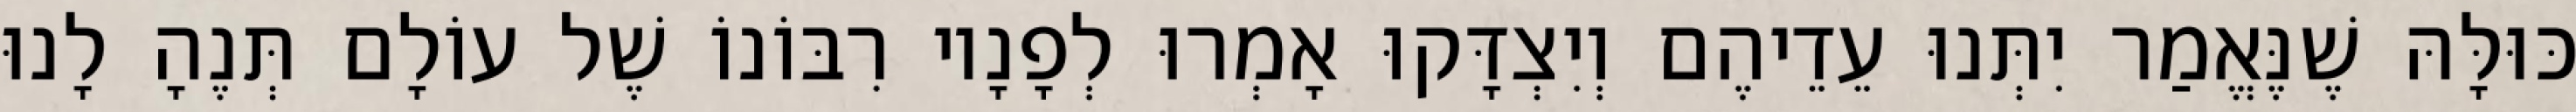
כּוּלָּהּ שֶׁנֶּאֱמַר יִתְּנוּ עֵדֵיהֶם וְיִצְדָּקוּ אָמְרוּ לְפָנָיו רִבּוֹנוֹ שֶׁל עוֹלָם תְּנֶהָ לָנוּ